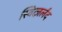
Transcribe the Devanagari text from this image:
स्वित्ज़र्लंद